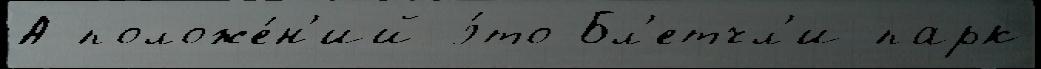
А положе́н'ий э́то Бл'етчл'и-парк